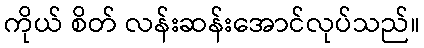
ကိုယ် စိတ် လန်းဆန်းအောင်လုပ်သည်။